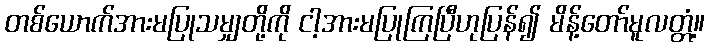
တစ်ယောက်အားမပြုသမျှတို့ကို ငါ့အားမပြုကြပြီဟုပြန်၍ မိန့်တော်မူလတ္တံ့။